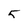
Character: 5